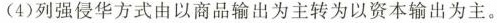
(4)列强侵华方式由以商品输出为主转为以资本输出为主。